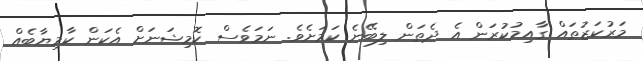
މަރުކަޒުތައް ގާއިމުކުރަން އެ ދެތަން ލިބޭނެ ކަމަށެވެ. ނަމަވެސް ކޮމިޝަނަށް އެކަން ކާމިޔާބެއް